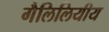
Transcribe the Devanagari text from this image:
गैलिलियीय